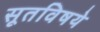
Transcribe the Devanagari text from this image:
सूतविषये